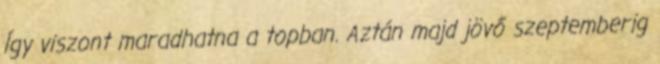
Így viszont maradhatna a topban. Aztán majd jövő szeptemberig